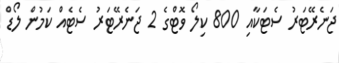
ޖަނެރޭޓަރު ސެޓަކާއި 800 ކިލޯ ވޮޓްގެ 2 ޖަނެރޭޓަރު ސެޓެއް ކަމުން ލޯޑް